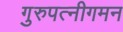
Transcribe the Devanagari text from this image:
गुरुपत्नीगमन